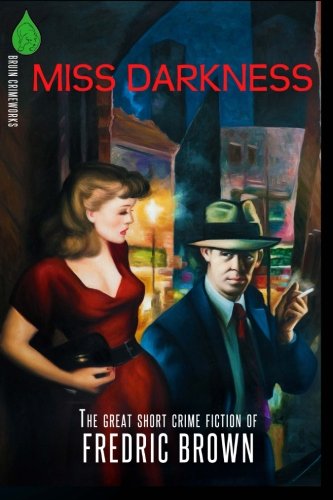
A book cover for Miss Darkness: The Great Short Crime Fiction of Fredric Brown; Fredric Brown; Mystery, Thriller & Suspense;